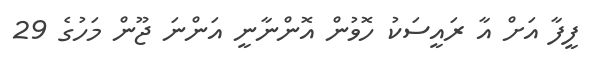
ފީފާ އަށް އާ ރައީސަކު ހޮވުން އޮންނާނީ އަންނަ ޖޫން މަހުގެ 29